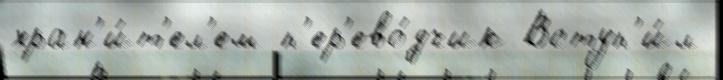
хран'и́т'ел'ем п'ер'ево́дчик Вступ'и́л